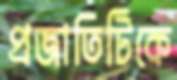
প্রজাতিটিকে